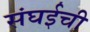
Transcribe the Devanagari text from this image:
संघईची